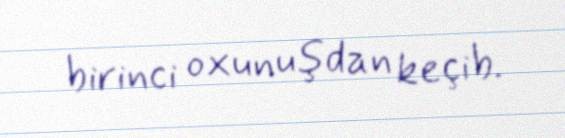
birinci oxunuşdan keçib.